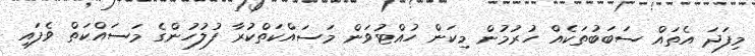
މިފަދަ އެތައް ސަބަބުތަކެއް ހުރުމުން މިކަން ހުއްޓުވަން މަސައްކަތްކުރާ ފުލުހުންގެ މަސައްކަތް ވެފައި